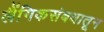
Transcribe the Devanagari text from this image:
लैंगिकसंबधातून